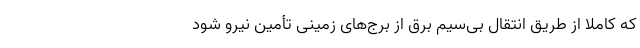
که کاملاً از طریق انتقال بی‌سیم برق از برج‌های زمینی تأمین نیرو شود